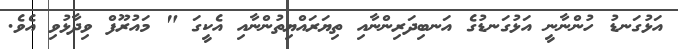
އަޅުގަނޑު ހުންނާނީ އަޅުގަނޑުގެ އަނބިދަރިންނާއި ތިޔަރައްޔިތުންނާއި އެކީގަ " މައުރޫފް ވިދާޅުވި އެވެ.